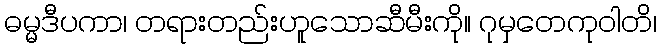
ဓမ္မဒီပကာ၊ တရားတည်းဟူသောဆီမီးကို။ ဂုမှတေကုဝါတိ၊